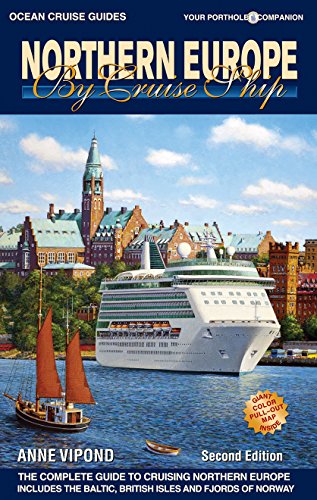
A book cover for Northern Europe by Cruise Ship - 2nd Edition: The Complete Guide to Cruising Northern Europe; Anne Vipond; Travel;